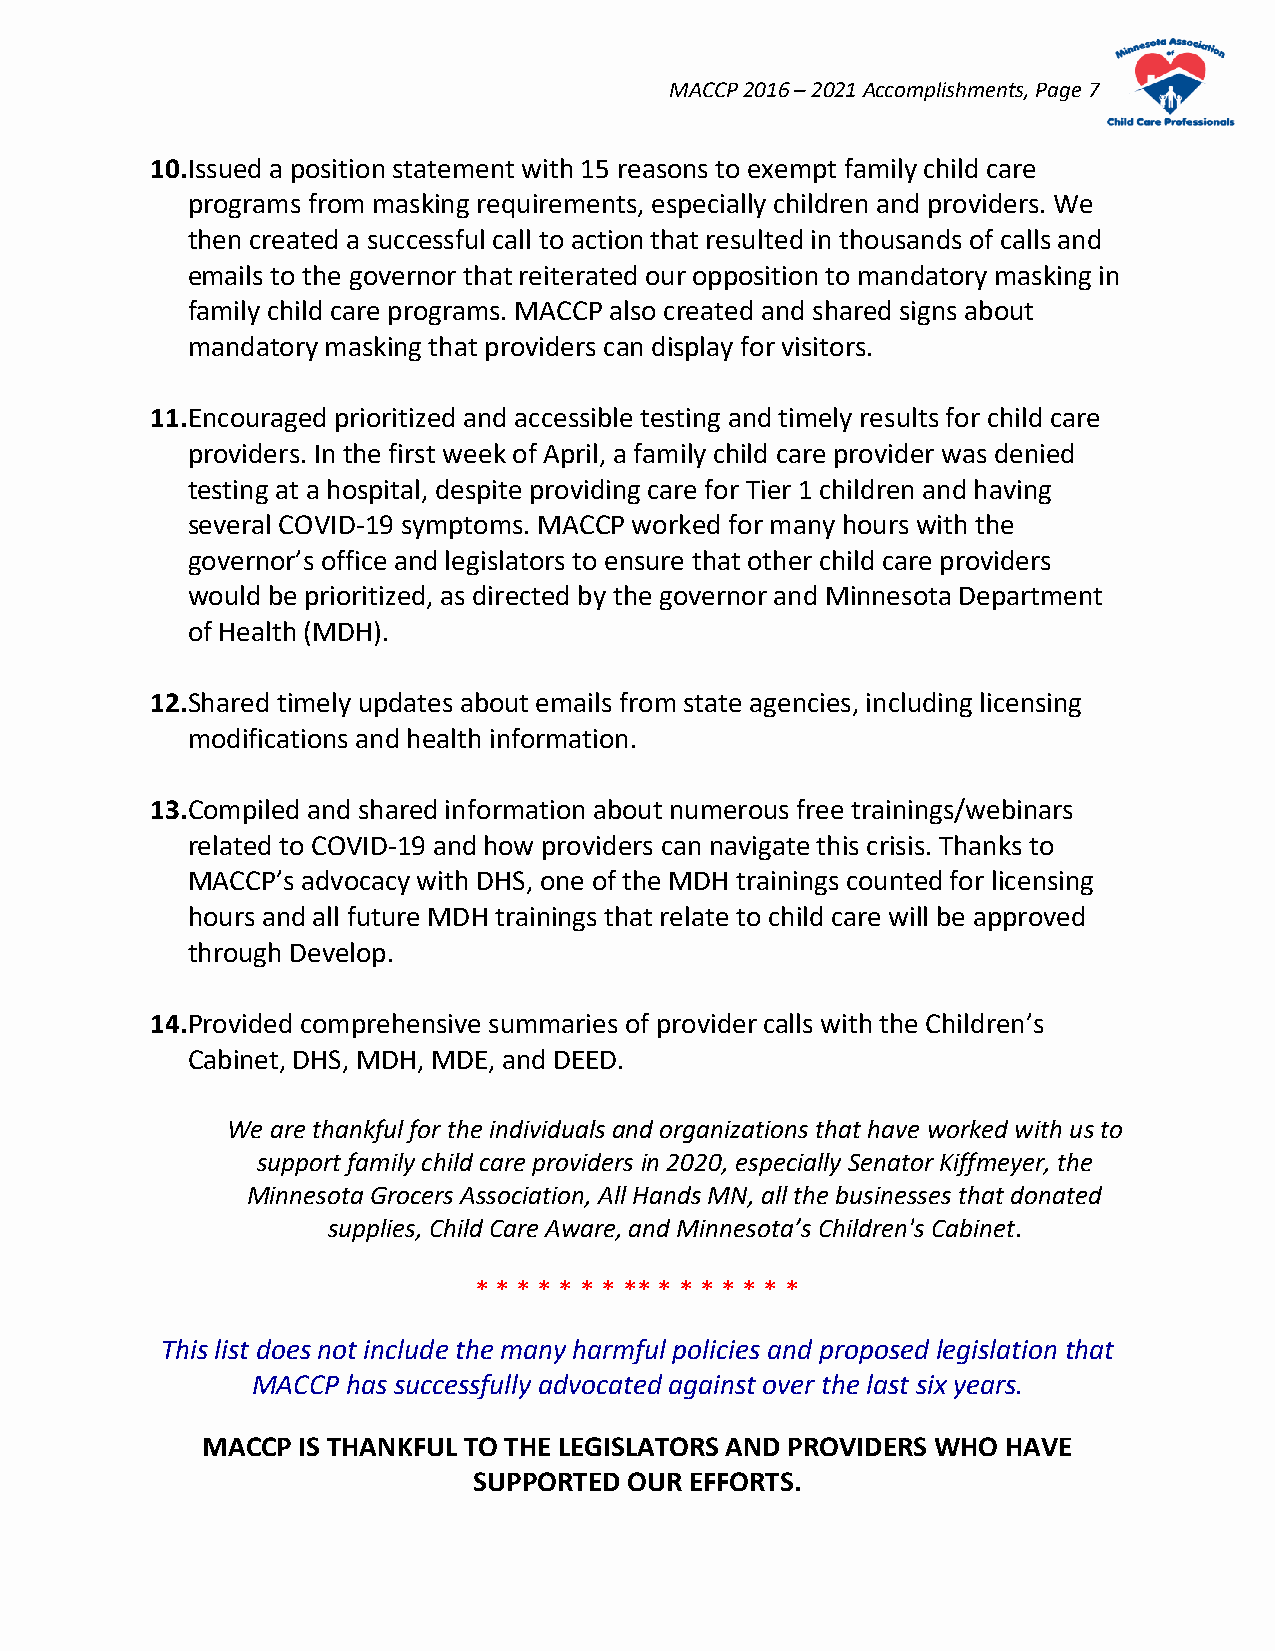
MACCP 2016 – 2021 Accomplishments, Page 7
 10. Issued a position statement with 15 reasons to exempt family child care
 programs from masking requirements, especially children and providers. We
 then created a successful call to action that resulted in thousands of calls and
 emails to the governor that reiterated our opposition to mandatory masking in
 family child care programs. MACCP also created and shared signs about
 mandatory masking that providers can display for visitors.
 11. Encouraged prioritized and accessible testing and timely results for child care
 providers. In the first week of April, a family child care provider was denied
 testing at a hospital, despite providing care for Tier 1 children and having
 several COVID-19 symptoms. MACCP worked for many hours with the
 governor’s office and legislators to ensure that other child care providers
 would be prioritized, as directed by the governor and Minnesota Department
 of Health (MDH).
 12. Shared timely updates about emails from state agencies, including licensing
 modifications and health information.
 13. Compiled and shared information about numerous free trainings/webinars
 related to COVID-19 and how providers can navigate this crisis. Thanks to
 MACCP’s advocacy with DHS, one of the MDH trainings counted for licensing
 hours and all future MDH trainings that relate to child care will be approved
 through Develop.
 14. Provided comprehensive summaries of provider calls with the Children’s
 Cabinet, DHS, MDH, MDE, and DEED.
 We are thankful for the individuals and organizations that have worked with us to
 support family child care providers in 2020, especially Senator Kiffmeyer, the
 Minnesota Grocers Association, All Hands MN, all the businesses that donated
 supplies, Child Care Aware, and Minnesota’s Children's Cabinet.
 * * * * * * * ** * * * * * * *
 This list does not include the many harmful policies and proposed legislation that
 MACCP has successfully advocated against over the last six years.
 MACCP  IS THANKFUL TO THE LEGISLATORS AND PROVIDERS WHO HAVE
 SUPPORTED  OUR EFFORTS.